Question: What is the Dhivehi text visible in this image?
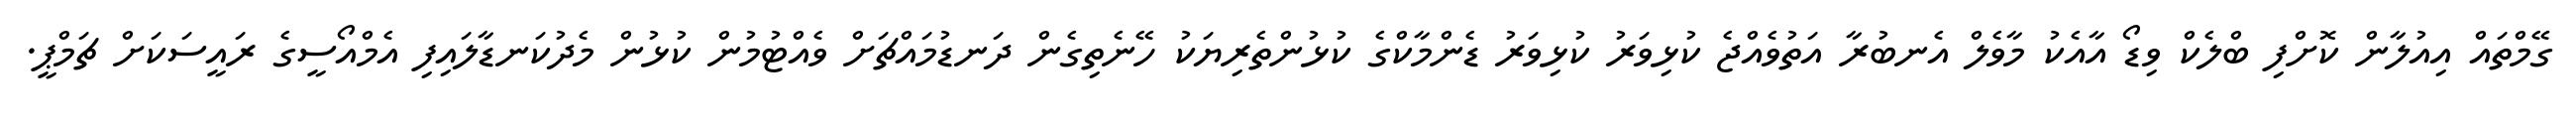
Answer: ގޭމްތައް އިއުލާން ކޮށްފި ބްލެކް ވިޑޯ އާއެކު މާވެލް އެނބުރާ އަތުވެއްޖެ ކުޅިވަރު ކުޅިވަރު ޑެންމާކްގެ ކުޅުންތެރިޔަކު ހޭނެތިގެން ދަނޑުމައްޗަށް ވެއްޓުމުން ކުޅުން މެދުކަނޑާލައިފި އެމްއޯސީގެ ރައީސަކަށް ޗަމްޕީ.